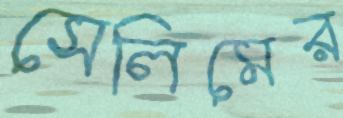
সেলিমের